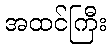
အထင်ကြီး